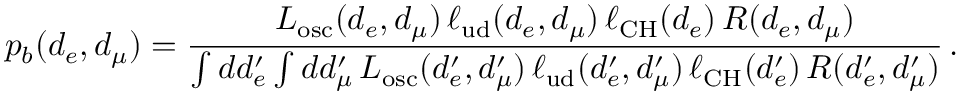
p _ { b } ( d _ { e } , d _ { \mu } ) = \frac { L _ { \mathrm { o s c } } ( d _ { e } , d _ { \mu } ) \, \ell _ { \mathrm { u d } } ( d _ { e } , d _ { \mu } ) \, \ell _ { \mathrm { C H } } ( d _ { e } ) \, R ( d _ { e } , d _ { \mu } ) } { \int d d _ { e } ^ { \prime } \int d d _ { \mu } ^ { \prime } \, L _ { \mathrm { o s c } } ( d _ { e } ^ { \prime } , d _ { \mu } ^ { \prime } ) \, \ell _ { \mathrm { u d } } ( d _ { e } ^ { \prime } , d _ { \mu } ^ { \prime } ) \, \ell _ { \mathrm { C H } } ( d _ { e } ^ { \prime } ) \, R ( d _ { e } ^ { \prime } , d _ { \mu } ^ { \prime } ) } \, .